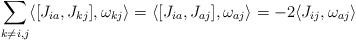
LaTeX: \begin{align*}\sum_{k\neq i,j}\langle [ J_{ia}, J_{kj} ] , \omega_{kj}\rangle=\langle [J_{ia}, J_{aj} ], \omega_{aj} \rangle=-2 \langle J_{ij}, \omega_{aj} \rangle\end{align*}